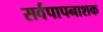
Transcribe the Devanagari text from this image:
सर्वपापनाशक